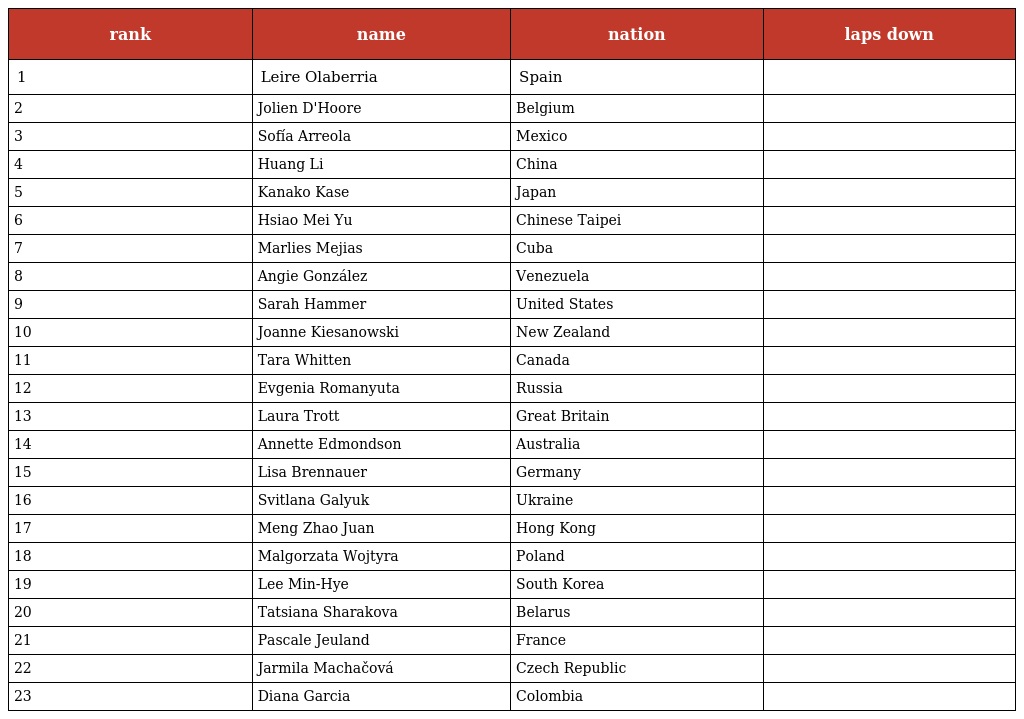
| rank | name | nation | laps down |
 | --- | --- | --- | --- |
 | 1 | Leire Olaberria | Spain |  |
 | 2 | Jolien D'Hoore | Belgium |  |
 | 3 | Sofía Arreola | Mexico |  |
 | 4 | Huang Li | China |  |
 | 5 | Kanako Kase | Japan |  |
 | 6 | Hsiao Mei Yu | Chinese Taipei |  |
 | 7 | Marlies Mejias | Cuba |  |
 | 8 | Angie González | Venezuela |  |
 | 9 | Sarah Hammer | United States |  |
 | 10 | Joanne Kiesanowski | New Zealand |  |
 | 11 | Tara Whitten | Canada |  |
 | 12 | Evgenia Romanyuta | Russia |  |
 | 13 | Laura Trott | Great Britain |  |
 | 14 | Annette Edmondson | Australia |  |
 | 15 | Lisa Brennauer | Germany |  |
 | 16 | Svitlana Galyuk | Ukraine |  |
 | 17 | Meng Zhao Juan | Hong Kong |  |
 | 18 | Malgorzata Wojtyra | Poland |  |
 | 19 | Lee Min-Hye | South Korea |  |
 | 20 | Tatsiana Sharakova | Belarus |  |
 | 21 | Pascale Jeuland | France |  |
 | 22 | Jarmila Machačová | Czech Republic |  |
 | 23 | Diana Garcia | Colombia |  |